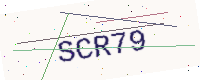
Text: SCR79